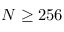
N \geq 2 5 6